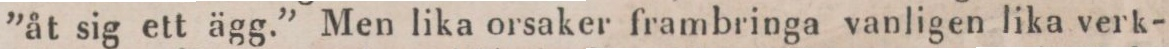
”åt sig ett ägg.” Men lika orsaker frambringa vanligen lika verk-